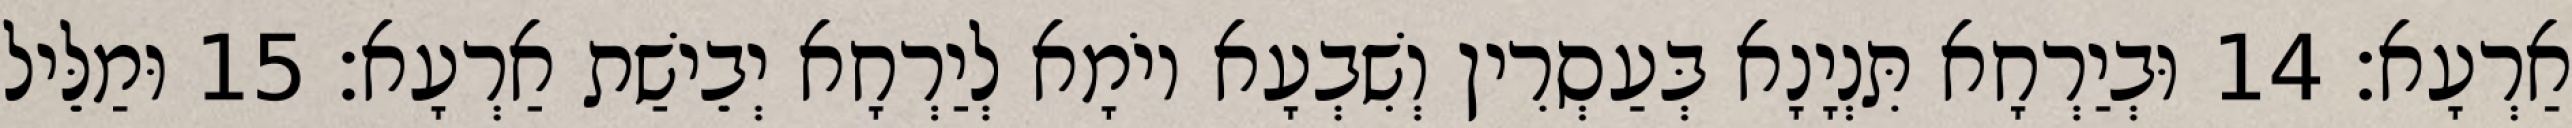
אַרְעָא׃ 14 וּבְיַרְחָא תִּנְיָנָא בְּעַסְרִין וְשִׁבְעָא יוֹמָא לְיַרְחָא יְבֵישַׁת אַרְעָא׃ 15 וּמַלֵּיל